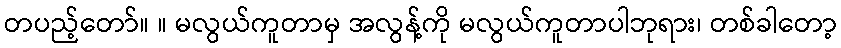
တပည့်တော်။ ။ မလွယ်ကူတာမှ အလွန့်ကို မလွယ်ကူတာပါဘုရား၊ တစ်ခါတော့